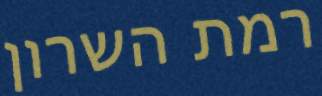
רמת השרון